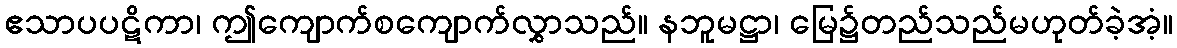
ဧသာပပဋိကာ၊ ဤကျောက်စကျောက်လွှာသည်။ နဘူမဋ္ဌာ၊ မြေ၌တည်သည်မဟုတ်ခဲ့အံ့။